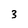
Character: 3